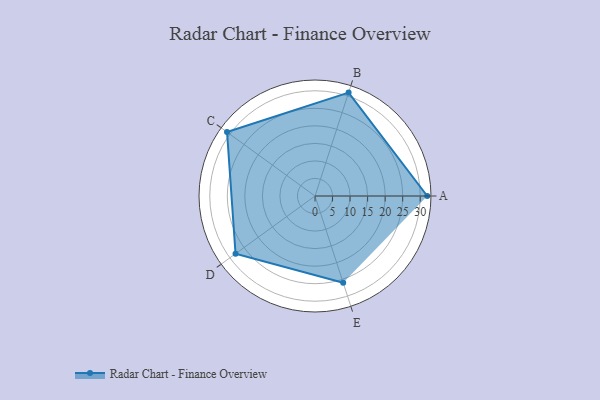
{"axis": {"x": "Skill", "y": "Score"}, "legend": ["Profile"], "data": [{"x": "A", "y": 32.0, "type": "Profile"}, {"x": "B", "y": 31.0, "type": "Profile"}, {"x": "C", "y": 31.0, "type": "Profile"}, {"x": "D", "y": 28.0, "type": "Profile"}, {"x": "E", "y": 26.0, "type": "Profile"}]}